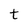
Character: t